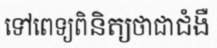
ទៅពេទ្យពិនិត្យថាជាជំងឺ